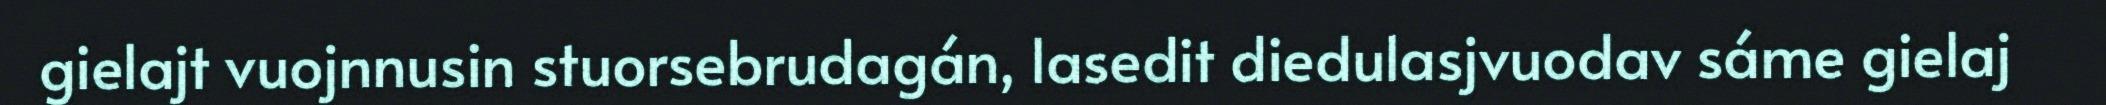
gielajt vuojnnusin stuorsebrudagán, lasedit diedulasjvuodav sáme gielaj